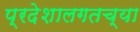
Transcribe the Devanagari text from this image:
प्रदेशालगतच्या